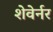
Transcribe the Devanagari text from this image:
शेवेर्नर